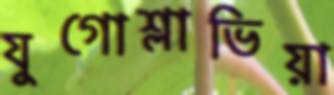
যুগোশ্লাভিয়া